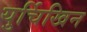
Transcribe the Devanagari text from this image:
युर्चिखिन